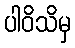
ပါဝိသိမှ